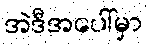
အဲဒီအပေါ်မှာ